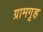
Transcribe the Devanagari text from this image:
ग्रामगृह